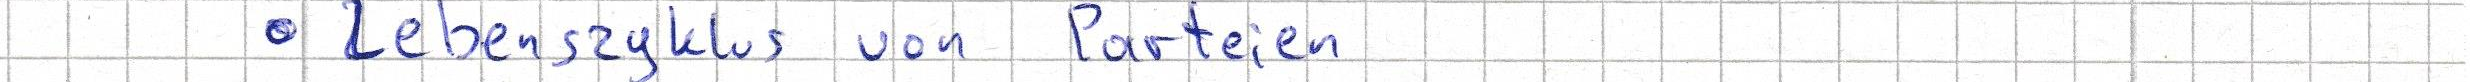
- Lebenszyklus von Parteien